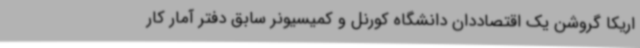
اریکا گروشن یک اقتصاددان دانشگاه کورنل و کمیسیونر سابق دفتر آمار کار